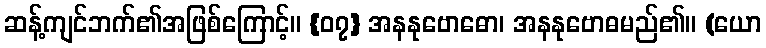
ဆန့်ကျင်ဘက်၏အဖြစ်ကြောင့်။ {၀၇} အနနုဗောဓော၊ အနနုဗောဓမည်၏။ (ယော